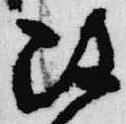
雖